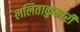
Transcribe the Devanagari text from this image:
ललिताकुमारी